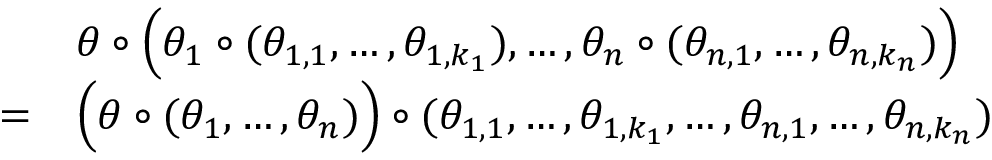
{ \begin{array} { r l } & { \theta \circ { \Big ( } \theta _ { 1 } \circ ( \theta _ { 1 , 1 } , \ldots , \theta _ { 1 , k _ { 1 } } ) , \ldots , \theta _ { n } \circ ( \theta _ { n , 1 } , \ldots , \theta _ { n , k _ { n } } ) { \Big ) } } \\ { = } & { { \Big ( } \theta \circ ( \theta _ { 1 } , \ldots , \theta _ { n } ) { \Big ) } \circ ( \theta _ { 1 , 1 } , \ldots , \theta _ { 1 , k _ { 1 } } , \ldots , \theta _ { n , 1 } , \ldots , \theta _ { n , k _ { n } } ) } \end{array} }